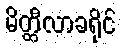
မိတ္ထီလာခရိုင်